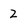
Character: 2